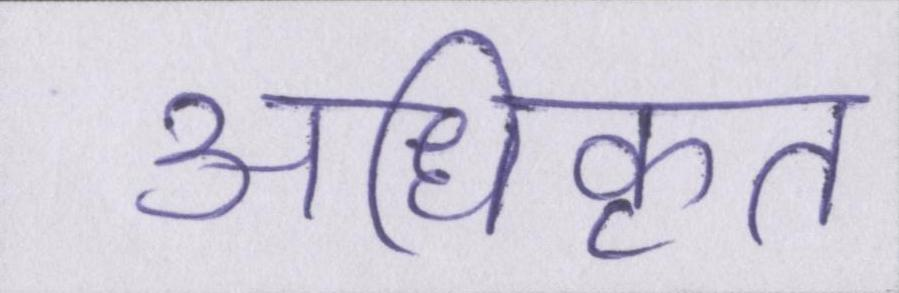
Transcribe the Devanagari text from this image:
अधिकृत